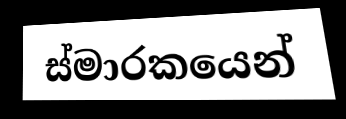
ස්මාරකයෙන්